Annual report of the Punjab Veterinary College and of the Civil Veterinary Department, Punjab - 1920-1925
Year: 1920
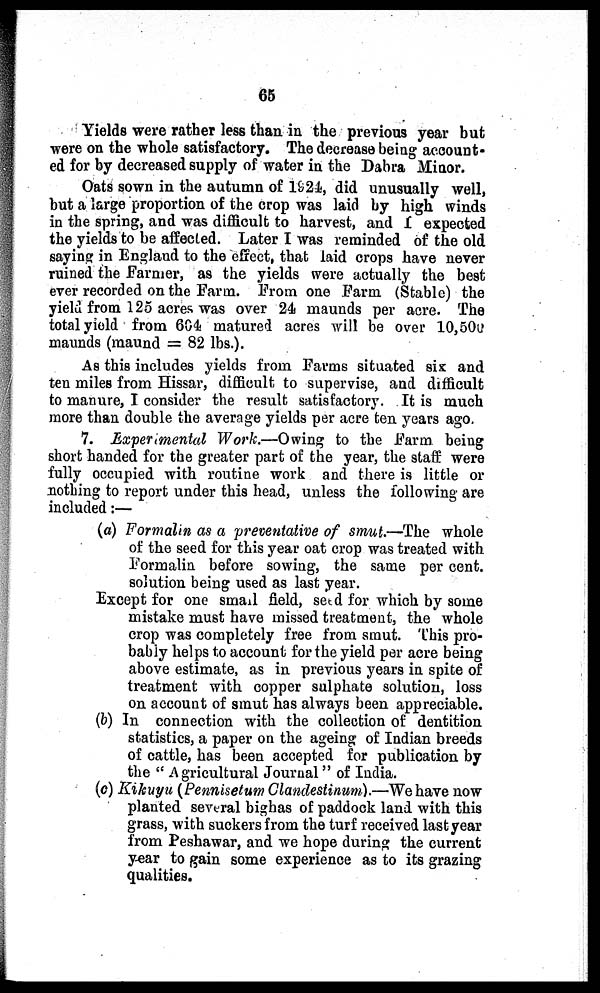
65
Yields were rather less than in the previous year but
were on the whole satisfactory. The decrease being account-
ed for by decreased supply of water in the Dabra Minor.
Oats sown in the autumn of 1924, did unusually well,
but a large proportion of the crop was laid by high winds
in the spring, and was difficult to harvest, and I expected
the yields to be affected. Later I was reminded of the old
saying in England to the effect, that laid crops have never
ruined the Farmer, as the yields were actually the best
ever recorded on the Farm. From one Farm (Stable) the
yield from 125 acres was over 24 maunds per acre. The
total yield from 604 matured acres will be over 10,500
maunds (maund = 82 lbs.).
As this includes yields from Farms situated six and
ten miles from Hissar, difficult to supervise, and difficult
to manure, I consider the result satisfactory. It is much
more than double the average yields per acre ten years ago
7. Experimental Work.—Owing to the Farm being
short handed for the greater part of the year, the staff were
fully occupied with routine work and there is little or
nothing to report under this head, unless the following are
included :—
(a) Formalin as a preventative of smut.—The whole
of the seed for this year oat crop was treated with
Formalin before sowing, the same per cent.
solution being used as last year.
Except for one small field, seed for which by some
mistake must have missed treatment, the whole
crop was completely free from smut. This pro-
bably helps to account for the yield per acre being
above estimate, as in previous years in spite of
treatment with copper sulphate solution, loss
on account of smut has always been appreciable.
(b) In connection with the collection of dentition
statistics, a paper on the ageing of Indian breeds
of cattle, has been accepted for publication by
the "Agricultural Journal" of India.
(c) Kikuyu (Pennisetum Clandestinum).—We have now
planted several bighas of paddock land with this
grass, with suckers from the turf received last year
from Peshawar, and we hope during the current
year to gain some experience as to its grazing
qualities.